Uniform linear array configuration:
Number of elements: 32
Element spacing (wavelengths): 0.25
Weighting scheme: hamming
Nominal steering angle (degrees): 30
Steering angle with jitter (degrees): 31.463
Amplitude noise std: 0.05
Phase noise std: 0.05

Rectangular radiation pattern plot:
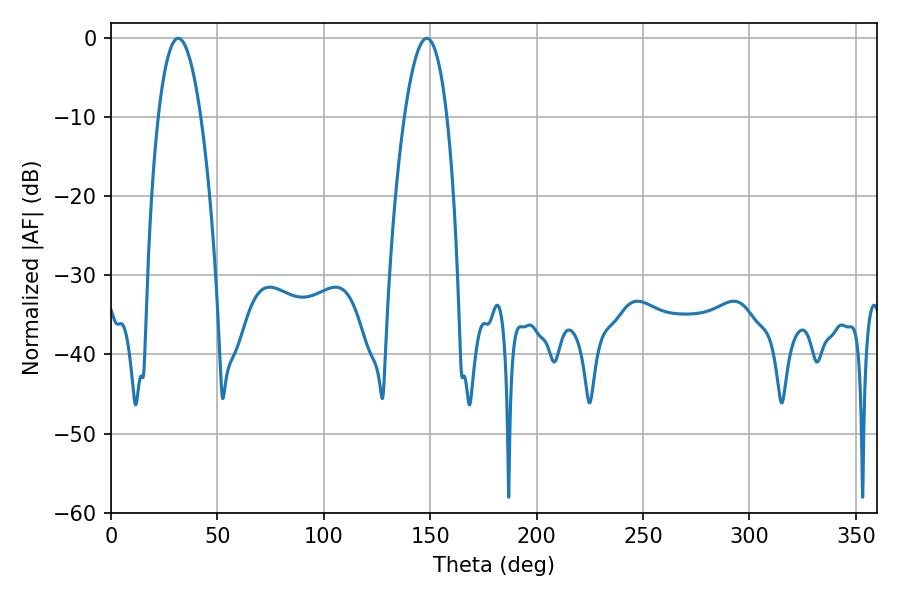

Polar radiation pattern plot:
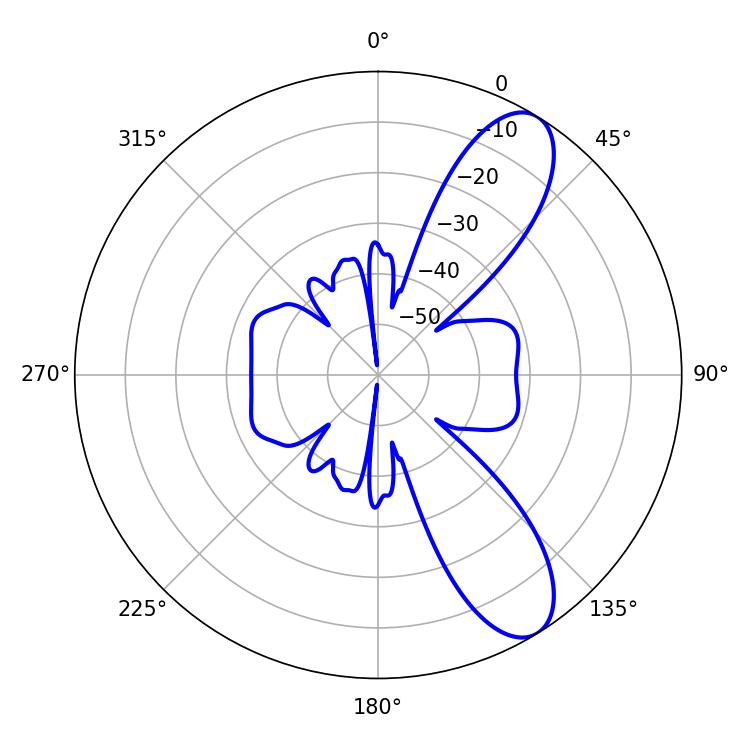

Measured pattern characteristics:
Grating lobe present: FALSE
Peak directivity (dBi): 9.625
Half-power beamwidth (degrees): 10.98
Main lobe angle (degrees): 31.68